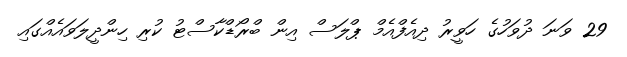
29 ވަނަ ދުވަހުގެ ހަވީރު ދިއެފްއެމް ޕްލަސް އިން ބްރޯޑްކާސްޓު ކުރި ހިންދީލަވައެއްގައި